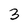
Character: 3